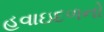
હવાઇદળનો